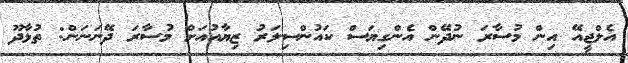
އެލްޖީއޭ އިން މުސާރަ ނުދޭން އެންގިޔަސް ކައުންސިލަރު ޒިޔާއުއަށް މުސާރަ ދޭނަނަން: ތުޅާދޫ